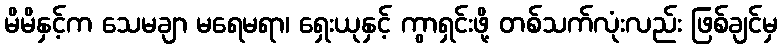
မိမိနှင့်က သေမချာ မရေမရာ၊ ရှေးယုနှင့် ကွာရှင်းဖို့ တစ်သက်လုံးလည်း ဖြစ်ချင်မှ